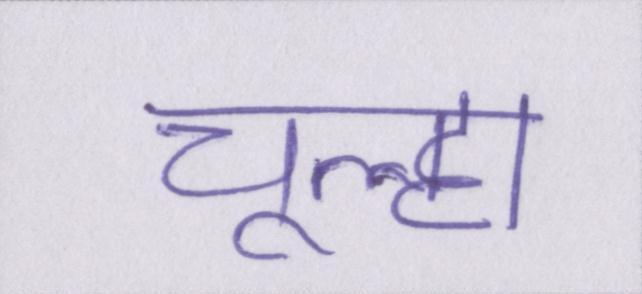
चूल्हा